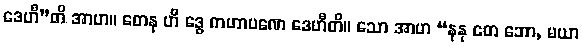
ဒေဟီ”တိ အာဟ။ တေန ဟိ ဒွေ ကဟာပဏေ ဒေဟီတိ။ သော အာဟ “နနု တေ ဘော, မယာ